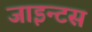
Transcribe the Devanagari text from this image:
जाइन्टस